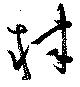
隷